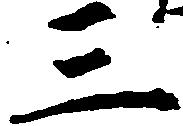
三